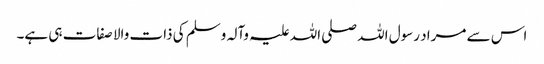
اس سے مراد رسول اللہ صلی اللہ علیہ وآلہ وسلم کی ذات والا صفات ہی ہے۔